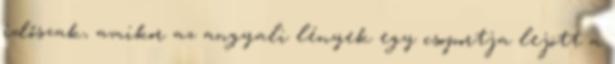
időszak, amikor az angyali lények egy csoportja lejött a